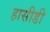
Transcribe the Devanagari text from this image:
हासीडी